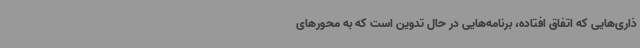
ذاری‌هایی که اتفاق افتاده، برنامه‌هایی در حال تدوین است که به محورهای